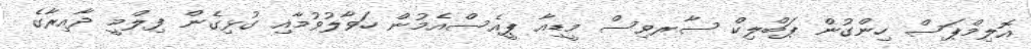
އޮލިމްޕަސް ހިންގުން ޕަބްލިކް ސާރވިސް މީޑިއާ ޕީއެސްއެމުން ހަވާލުވުމާއި ގުޅިގެން ފިލްމީ ދާއިރާގެ